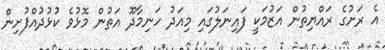
އެ ރަށުގެ ރައްޔިތުން އަޒުމަކީ ފައިނަލުގައި މިއަދު ހަނިމާދޫ އަތުން މޮޅުވެ ކުޅުދުއްފުށިން